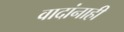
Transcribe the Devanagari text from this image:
वादांनाही